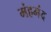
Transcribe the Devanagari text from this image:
मंहमंद